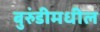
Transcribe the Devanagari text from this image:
बुरुंडीमधील